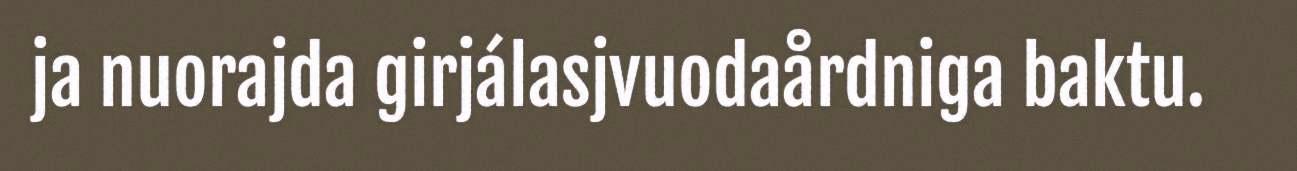
ja nuorajda girjálasjvuodaårdniga baktu.